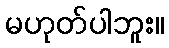
မဟုတ်ပါဘူး။